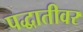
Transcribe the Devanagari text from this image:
पद्धातीवर